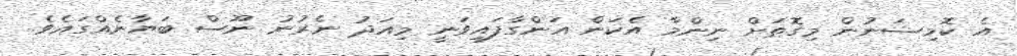
އެ ކޮމިޝަނުން މިގޮތަށް ނިންމާ އެކަން އަންގާފައިވަނީ މިއަދު ނެރުނު ނޫސް ބަޔާނެއްގައެވެ.